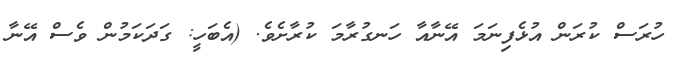
ހުރަސް ކުރަން އުޅެފިނަމަ އޭނާއާ ހަނގުރާމަ ކުރާށެވެ. (އެބަހީ: ގަދަކަމުން ވެސް އޭނާ